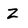
Character: Z